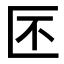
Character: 𠤯